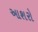
આશરો